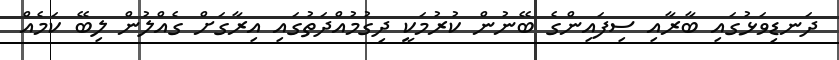
ދަނޑިވަޅުގައި ބާރާއި ސިފައިންގެ ބޭނުން ކުރުމަކީ ދިގުމުއްދަތުގައި އިރާގަށް ގެއްލުން ލިބޭ ކަމެއް